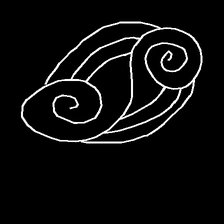
Glyph: wind-underfoot